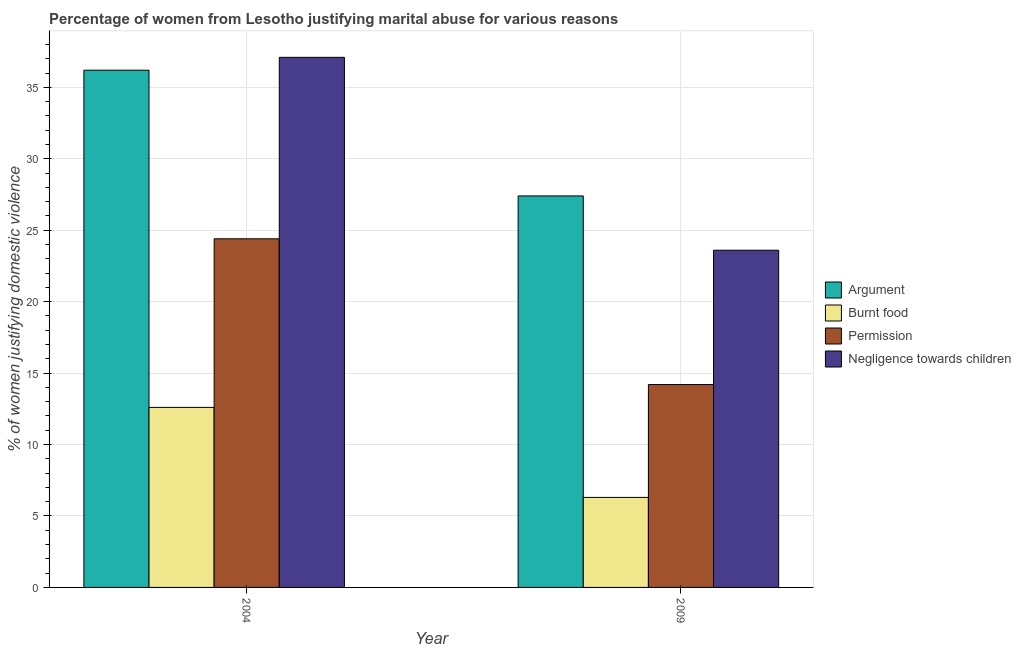
| Year | Argument | Burnt food | Permission | Negligence towards children |
 | --- | --- | --- | --- | --- |
 | 2004 | 36.2 | 12.6 | 24.4 | 37.1 |
 | 2009 | 27.4 | 6.3 | 14.2 | 23.6 |